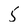
Character: 5